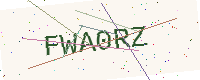
Text: FWA0RZ